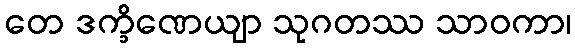
တေ ဒက္ခိဏေယျာ သုဂတဿ သာဝကာ၊